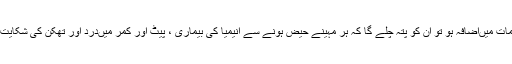
اگر معلومات میں‌اضافہ ہو تو ان کو پتہ چلے گا کہ ہر مہینے حیض ہونے سے انیمیا کی بیماری ، پیٹ اور کمر میں‌درد اور تھکن کی شکایت عام ہے۔